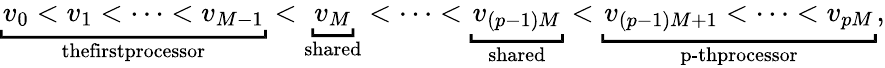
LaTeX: \begin{array}{r}{\underbracket{v_{0}<v_{1}<\cdots<v_{M-1}}_{\textup{thefirstprocessor}}<\underbracket{v_{M}}_{\textup{shared}}<\cdots<\underbracket{v_{(p-1)M}}_{\textup{shared}}<\underbracket{v_{(p-1)M+1}<\cdots<v_{pM}}_{\textup{p-thprocessor}},}\end{array}